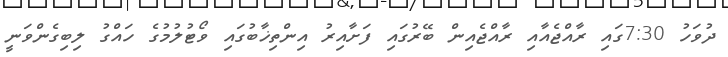
ދުވަހު 7:30ގައި ރާއްޖެއާއި ރާއްޖެއިން ބޭރުގައި ފަށާއިރު އިންތިޚާބުގައި ވޯޓުލުމުގެ ހައްގު ލިބިގެންވަނީ